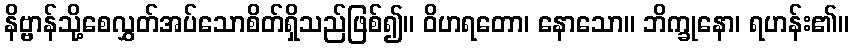
နိဗ္ဗာန်သို့စေလွှတ်အပ်သောစိတ်ရှိသည်ဖြစ်၍။ ဝိဟရတော၊ နောသော။ ဘိက္ခုနော၊ ရဟန်း၏။